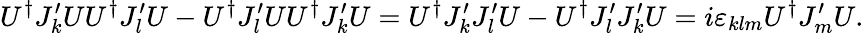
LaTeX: U^{\dagger}J_{k}^{\prime}UU^{\dagger}J_{l}^{\prime}U-U^{\dagger}J_{l}^{\prime}UU^{\dagger}J_{k}^{\prime}U=U^{\dagger}J_{k}^{\prime}J_{l}^{\prime}U-U^{\dagger}J_{l}^{\prime}J_{k}^{\prime}U=i\varepsilon_{klm}U^{\dagger}J_{m}^{\prime}U.